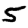
Digit: 5